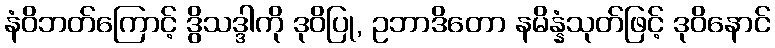
နံဝိဘတ်ကြောင့် ဒွိသဒ္ဒါကို ဒုဝိပြု, ဥဘာဒိတော နမိန္နံသုတ်ဖြင့် ဒုဝိနောင်